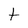
Character: t